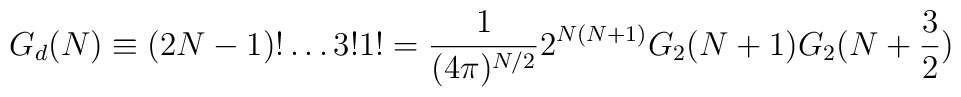
G_d(N) \equiv (2N-1)!\ldots 3! 1! = {1 \over {(4 \pi)^{N/2}}} 2^{N(N+1)} G_2(N+1)G_2(N+{3 \over 2})